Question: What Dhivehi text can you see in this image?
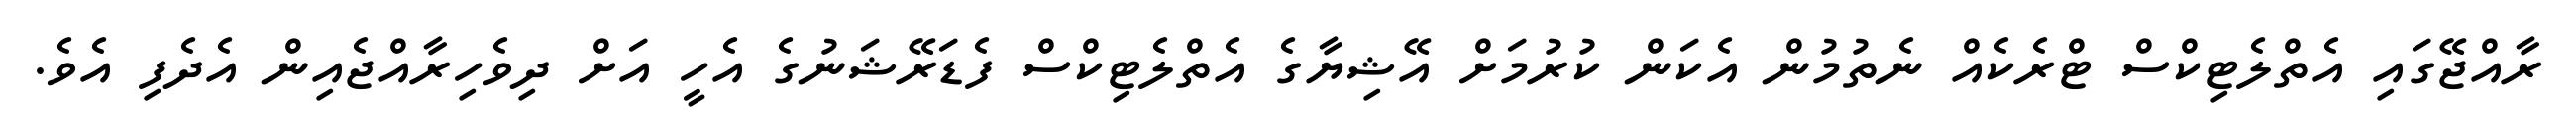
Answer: ރާއްޖޭގައި އެތްލެޓިކްސް ޓްރެކެއް ނެތުމުން އެކަން ކުރުމަށް އޭޝިޔާގެ އެތްލެޓިކްސް ފެޑަރޭޝަނުގެ އެހީ އަށް ދިވެހިރާއްޖެއިން އެދެފި އެވެ.